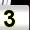
Digit: 3